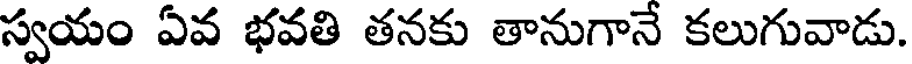
స్వయం ఏవ భవతి తనకు తానుగానే కలుగువాడు.